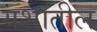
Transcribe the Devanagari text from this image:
यशातील